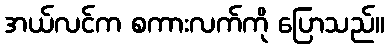
အယ်လင်က စကားလက်ကို ပြောသည်။